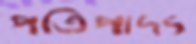
পতিপাদ্য